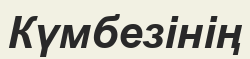
Күмбезінің